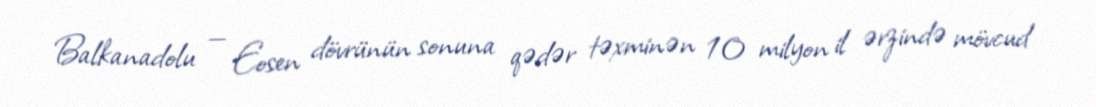
Balkanadolu — Eosen dövrünün sonuna qədər təxminən 10 milyon il ərzində mövcud